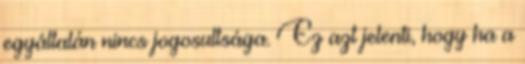
egyáltalán nincs jogosultsága. Ez azt jelenti, hogy ha a